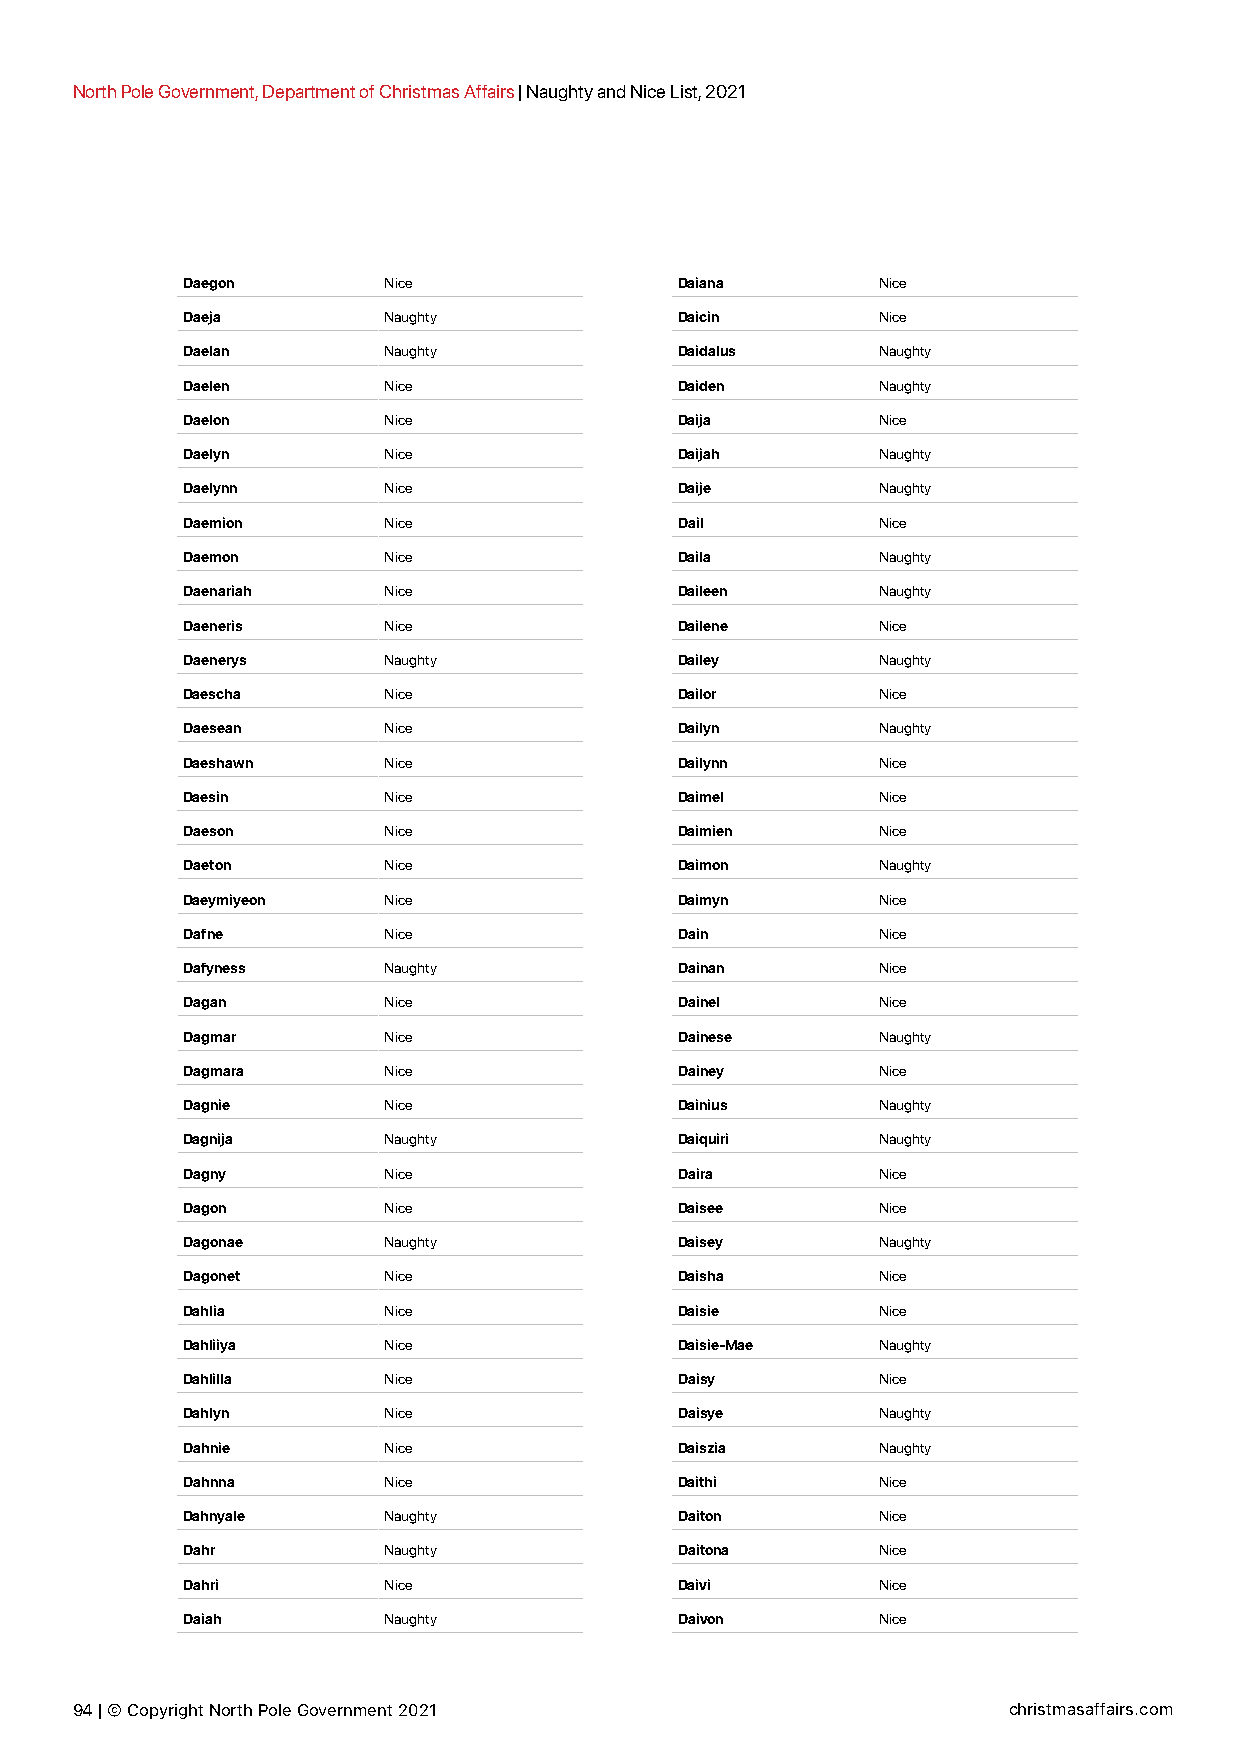
North Pole Government, Department of Christmas Affairs | Naughty and Nice List, 2021
 Daegon       Nice                Daiana       Nice
 Daeja        Naughty             Daicin       Nice
 Daelan       Naughty             Daidalus     Naughty
 Daelen       Nice                Daiden       Naughty
 Daelon       Nice                Daija        Nice
 Daelyn       Nice                Daijah       Naughty
 Daelynn      Nice                Daije        Naughty
 Daemion      Nice                Dail         Nice
 Daemon       Nice                Daila        Naughty
 Daenariah    Nice                Daileen      Naughty
 Daeneris     Nice                Dailene      Nice
 Daenerys     Naughty             Dailey       Naughty
 Daescha      Nice                Dailor       Nice
 Daesean      Nice                Dailyn       Naughty
 Daeshawn     Nice                Dailynn      Nice
 Daesin       Nice                Daimel       Nice
 Daeson       Nice                Daimien      Nice
 Daeton       Nice                Daimon       Naughty
 Daeymiyeon   Nice                Daimyn       Nice
 Dafne        Nice                Dain         Nice
 Dafyness     Naughty             Dainan       Nice
 Dagan        Nice                Dainel       Nice
 Dagmar       Nice                Dainese      Naughty
 Dagmara      Nice                Dainey       Nice
 Dagnie       Nice                Dainius      Naughty
 Dagnija      Naughty             Daiquiri     Naughty
 Dagny        Nice                Daira        Nice
 Dagon        Nice                Daisee       Nice
 Dagonae      Naughty             Daisey       Naughty
 Dagonet      Nice                Daisha       Nice
 Dahlia       Nice                Daisie       Nice
 Dahliiya     Nice                Daisie-Mae   Naughty
 Dahlilla     Nice                Daisy        Nice
 Dahlyn       Nice                Daisye       Naughty
 Dahnie       Nice                Daiszia      Naughty
 Dahnna       Nice                Daithi       Nice
 Dahnyale     Naughty             Daiton       Nice
 Dahr         Naughty             Daitona      Nice
 Dahri        Nice                Daivi        Nice
 Daiah        Naughty             Daivon       Nice
 94 | © Copyright North Pole Government 2021                   christmasaffairs.com